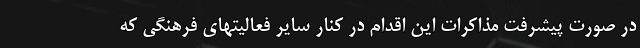
در صورت پیشرفت مذاکرات این اقدام در کنار سایر فعالیتهای فرهنگی که